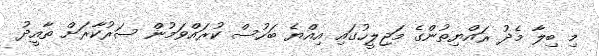
މި ބިލާ މެދު ރައްޔިތުންގެ މަޖިލީހުގައި އިއްޔެ ބަހުސް ކުރައްވަމުން ސަރުކާރަށް ތާއީދު